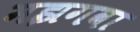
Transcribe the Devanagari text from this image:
मझगवा